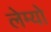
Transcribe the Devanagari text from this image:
लेम्यो